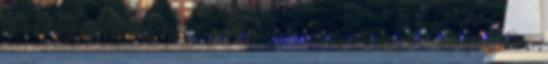
új európai cselédség Miért nem megyek vissza Magyarországra? Bűn